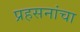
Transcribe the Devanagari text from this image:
प्रहसनांचा